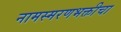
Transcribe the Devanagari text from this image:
नामस्मरणभक्तीचा